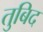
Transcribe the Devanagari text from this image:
तुबिद